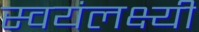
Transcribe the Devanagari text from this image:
स्वयंलक्ष्यी